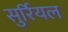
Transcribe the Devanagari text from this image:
सुर्रियल